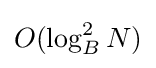
O(\log _{B}^{2}N)